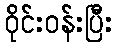
ဝိုင်းဝန်းပြီး